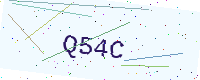
Text: Q54C